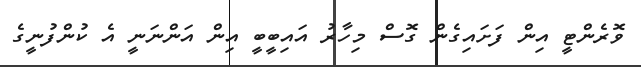
ވޮރެންޓީ އިން ފަށައިގެން ގޮސް މިހާރު އައިބީބީ އިން އަންނަނީ އެ ކުންފުނީގެ